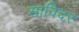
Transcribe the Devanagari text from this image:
साविदर